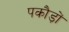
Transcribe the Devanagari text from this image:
पकौड़ों